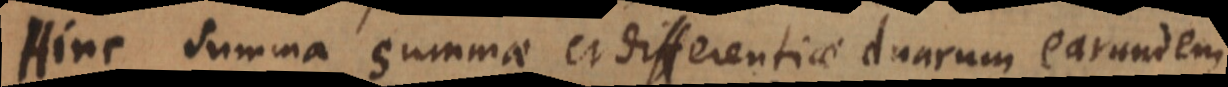
Hinc summa summae et differentiae duarum earundem